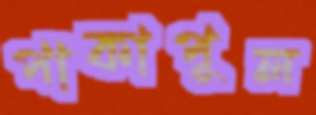
পাকাপুল